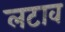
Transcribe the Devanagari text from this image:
लटाव